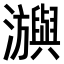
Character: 𤄕